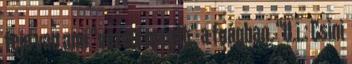
feje van ami "vezeti magát" a faágban. "U.i.: Csini